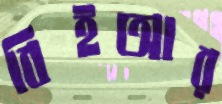
বিইআর